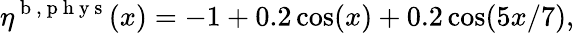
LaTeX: \eta^{\mathrm{~b~},\mathrm{~p~h~y~s~}}(x)=-1+0.2\cos(x)+0.2\cos(5x/7),